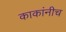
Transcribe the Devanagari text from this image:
काकांनीच